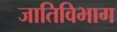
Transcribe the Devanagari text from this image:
जातिविभाग